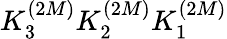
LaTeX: K_{3}^{(2M)}K_{2}^{(2M)}K_{1}^{(2M)}